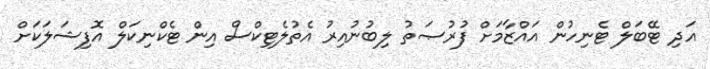
އަދި ޓޭބަލް ޓެނިހުން އައްޒާމަށް ފުރުޞަތު ލިބުނުއިރު އެތުލެޓިކްސް އިން ޓެކްނިކަލް އޮފިޝަލަކަށް